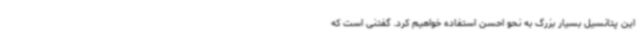
این پتانسیل بسیار بزرگ به نحو احسن استفاده خواهیم کرد. گفتنی است که